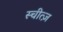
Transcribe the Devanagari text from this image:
स्चीत्ज़